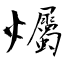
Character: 爥